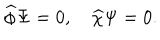
LaTeX: \widehat { \phi } \Psi = 0 , \quad \widehat { \chi } \Psi = 0 .